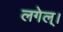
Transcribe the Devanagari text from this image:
लगेल्।